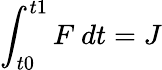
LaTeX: \int_{t0}^{t1}F~dt=J